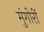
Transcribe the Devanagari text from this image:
मुंगोरीं